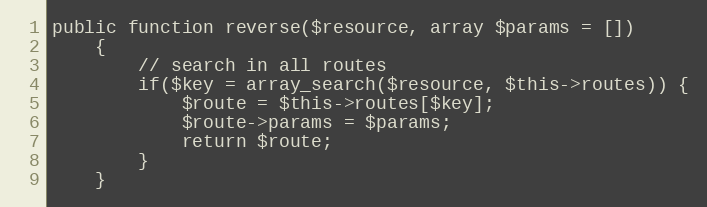
Language: PHP
public function reverse($resource, array $params = [])
    {
        // search in all routes
        if($key = array_search($resource, $this->routes)) {
            $route = $this->routes[$key];
            $route->params = $params;
            return $route;
        }
    }